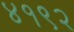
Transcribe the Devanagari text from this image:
४१९२